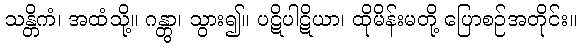
သန္တိကံ၊ အထံသို့။ ဂန္တွာ၊ သွား၍။ ပဋိပါဋိယာ၊ ထိုမိန်းမတို့ ပြောစဉ်အတိုင်း။